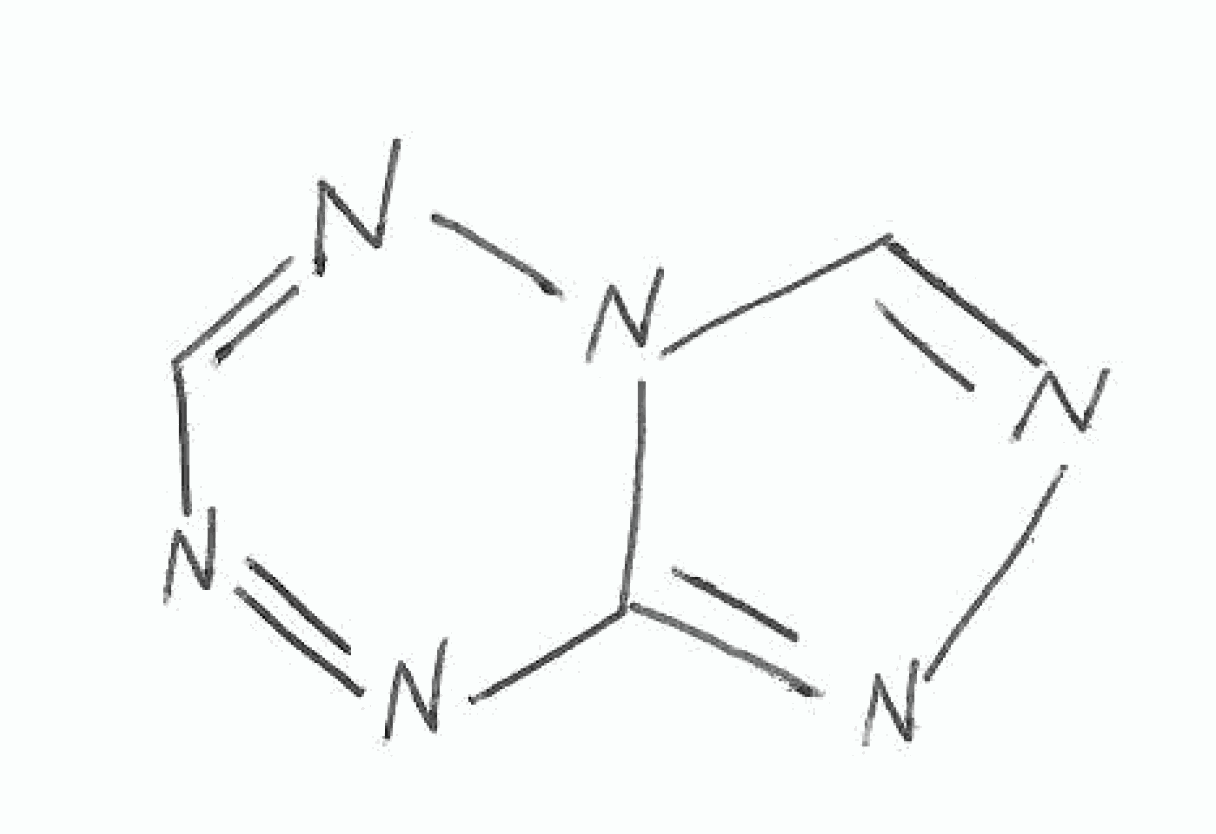
Simplified molecular-input line-entry system (SMILES) notation of the given molecule:
C1=NN2C=NN=C2N=N1